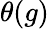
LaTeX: \theta(g)